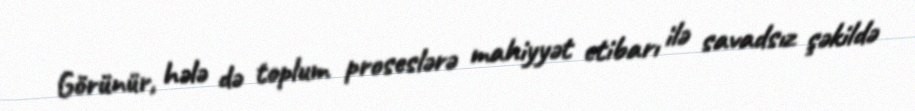
Görünür, hələ də toplum proseslərə mahiyyət etibarı ilə savadsız şəkildə